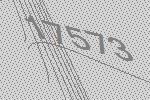
17573